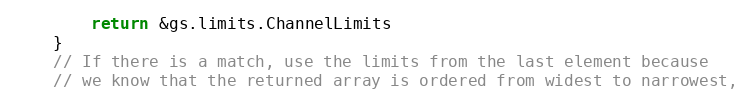
Language: Go
		return &gs.limits.ChannelLimits
	}
	// If there is a match, use the limits from the last element because
	// we know that the returned array is ordered from widest to narrowest,